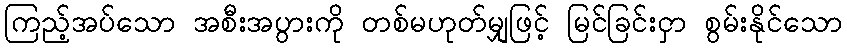
ကြည့်အပ်သော အစီးအပွားကို တစ်မဟုတ်မျှဖြင့် မြင်ခြင်းငှာ စွမ်းနိုင်သော